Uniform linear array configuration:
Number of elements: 24
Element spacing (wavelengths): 1
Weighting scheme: exponential
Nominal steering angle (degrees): -15
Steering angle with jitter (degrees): -16.443
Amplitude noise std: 0.05
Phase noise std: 0.05

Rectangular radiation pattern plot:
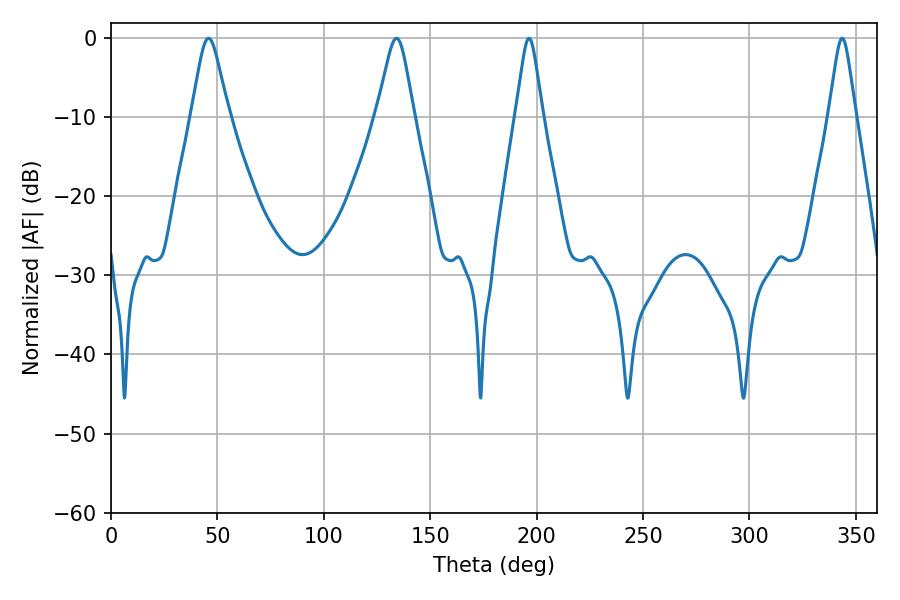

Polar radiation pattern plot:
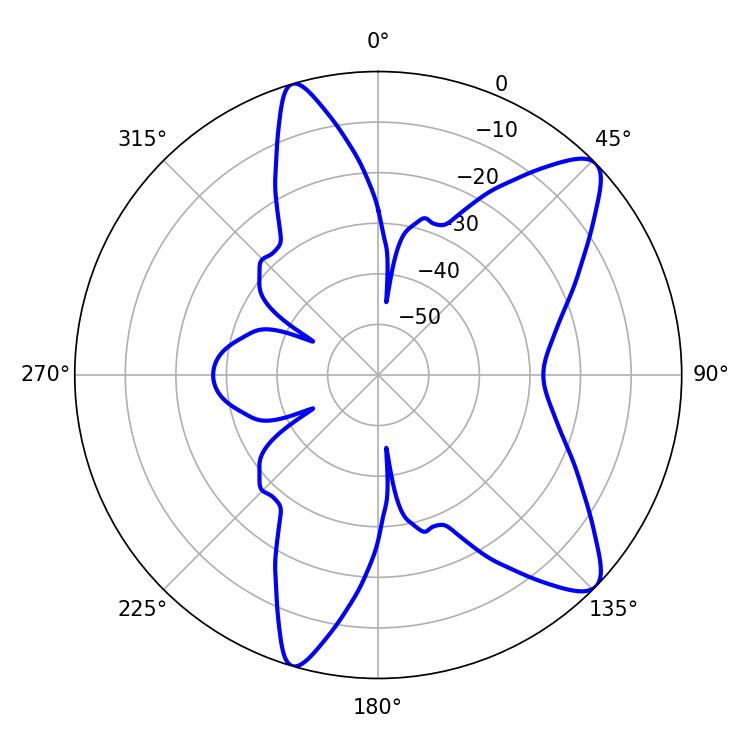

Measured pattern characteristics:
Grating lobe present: TRUE
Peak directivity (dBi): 10.254
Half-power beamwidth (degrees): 5.94
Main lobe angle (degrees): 196.38